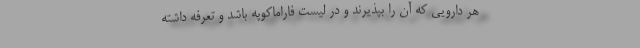
هر دارویی که آن را بپذیرند و در لیست فاراماکوپه باشد و تعرفه داشته